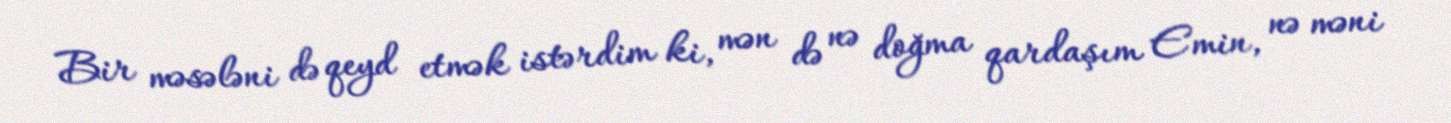
Bir məsələni də qeyd etmək istərdim ki, mən də nə doğma qardaşım Emin, nə məni